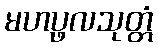
မဟပ္ဖလသုတ္တံ